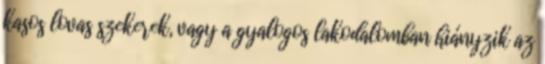
kasos lovas szekerek, vagy a gyalogos lakodalomban hiányzik az